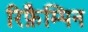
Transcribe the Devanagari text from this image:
रिफ़ैम्पिन